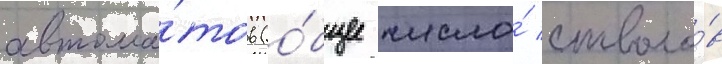
автома́тов (о́бщее число́ стволо́в